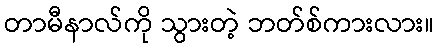
တာမီနာလ်ကို သွားတဲ့ ဘတ်စ်ကားလား။